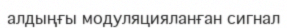
алдыңғы модуляцияланған сигнал